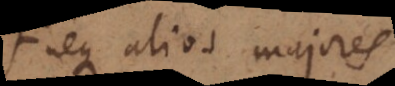
neque alios majores